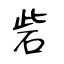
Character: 砦